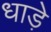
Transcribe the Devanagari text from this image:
धाड़े